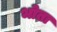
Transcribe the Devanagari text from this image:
भोता